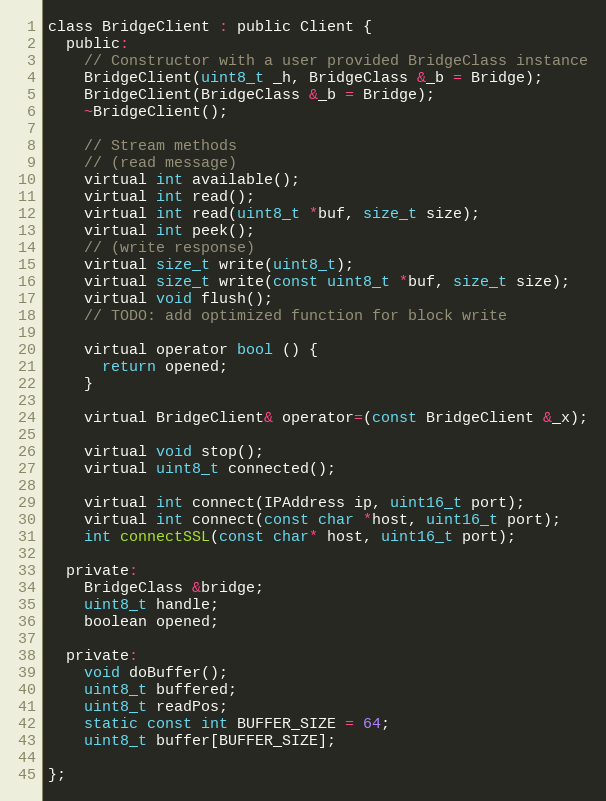
Language: C
class BridgeClient : public Client {
  public:
    // Constructor with a user provided BridgeClass instance
    BridgeClient(uint8_t _h, BridgeClass &_b = Bridge);
    BridgeClient(BridgeClass &_b = Bridge);
    ~BridgeClient();

    // Stream methods
    // (read message)
    virtual int available();
    virtual int read();
    virtual int read(uint8_t *buf, size_t size);
    virtual int peek();
    // (write response)
    virtual size_t write(uint8_t);
    virtual size_t write(const uint8_t *buf, size_t size);
    virtual void flush();
    // TODO: add optimized function for block write

    virtual operator bool () {
      return opened;
    }

    virtual BridgeClient& operator=(const BridgeClient &_x);

    virtual void stop();
    virtual uint8_t connected();

    virtual int connect(IPAddress ip, uint16_t port);
    virtual int connect(const char *host, uint16_t port);
    int connectSSL(const char* host, uint16_t port);

  private:
    BridgeClass &bridge;
    uint8_t handle;
    boolean opened;

  private:
    void doBuffer();
    uint8_t buffered;
    uint8_t readPos;
    static const int BUFFER_SIZE = 64;
    uint8_t buffer[BUFFER_SIZE];

};